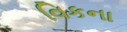
વિકના